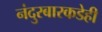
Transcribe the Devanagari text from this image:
नंदुरबारकडेही